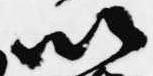
以